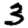
Digit: 3